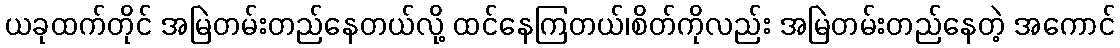
ယခုထက်တိုင် အမြဲတမ်းတည်နေတယ်လို့ ထင်နေကြတယ်၊စိတ်ကိုလည်း အမြဲတမ်းတည်နေတဲ့ အကောင်